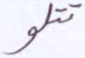
تتلو